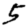
Digit: 5